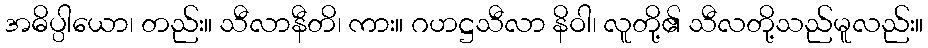
အဓိပ္ပါယော၊ တည်း။ သီလာနီတိ၊ ကား။ ဂဟဋ္ဌသီလာ နိဝါ၊ လူတို့၏ သီလတို့သည်မူလည်း။